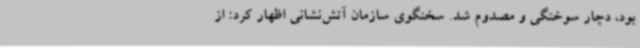
بود، دچار سوختگی و مصدوم شد. سخنگوی سازمان آتش‌نشانی اظهار کرد: از